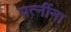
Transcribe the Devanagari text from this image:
पत्‍नींना